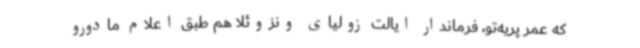
که عمر پریه‌تو، فرماندار ایالت زولیای ونزوئلا هم طبق اعلام مادورو